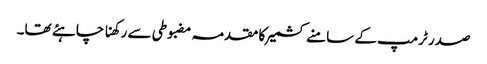
صدر ٹرمپ کے سامنے کشمیر کا مقدمہ مضبوطی سے رکھنا چاہئے تھا۔